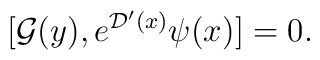
[{\cal G}({y}), e^{{\cal D}^\prime(x)}\psi(x)] = 0.